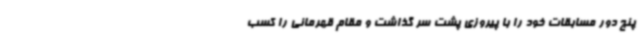
پنج دور مسابقات خود را با پیروزی پشت سر گذاشت و مقام قهرمانی را کسب